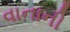
વાનાની